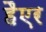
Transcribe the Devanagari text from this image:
हैएर